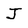
Character: J